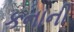
કનાની